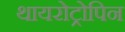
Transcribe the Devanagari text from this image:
थायरोट्रोपिन